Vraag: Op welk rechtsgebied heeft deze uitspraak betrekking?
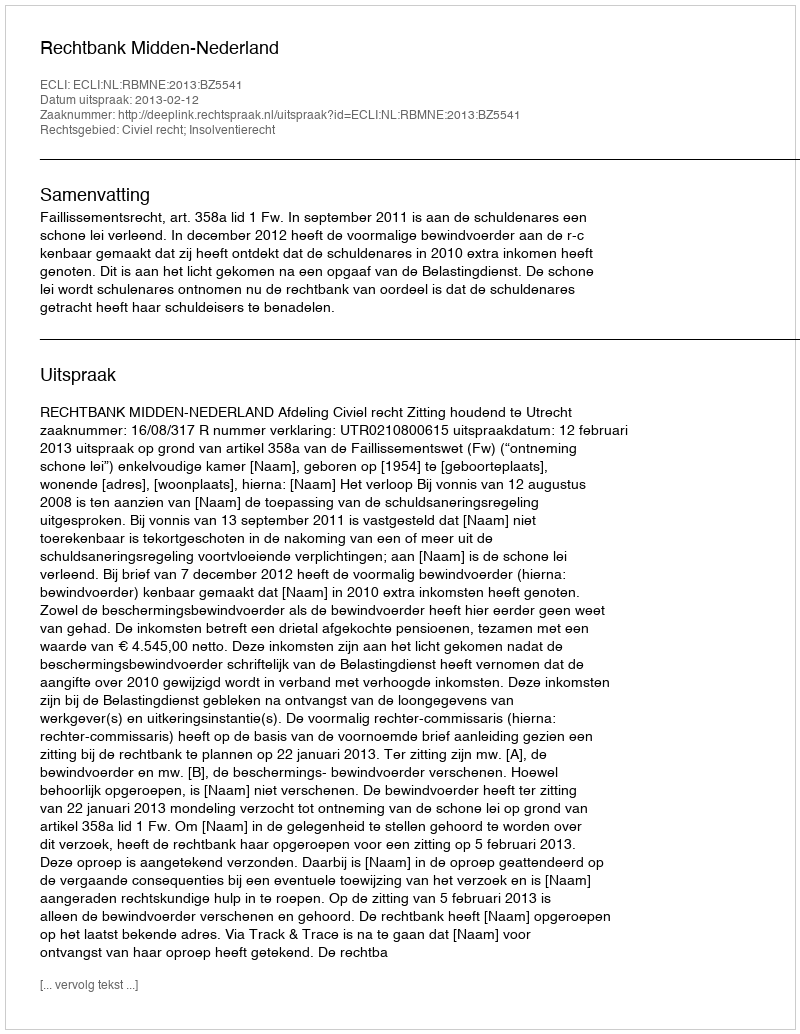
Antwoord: Civiel recht; Insolventierecht